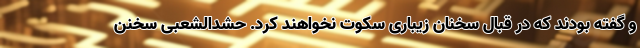
و گفته بودند که در قبال سخنان زیباری سکوت نخواهند کرد. حشدالشعبی سخنن